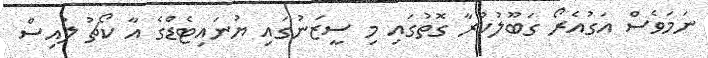
ނަމަވެސް އަގުއެރޯ ގަބޫލުކުރާ ގޮތުގައި މި ސީޒަނުގައި ޔުނައިޓެޑްގެ އާ ކޯޗު ލުއިސް